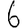
Digit: 6